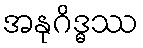
အနုဂိဒ္ဓဿ